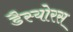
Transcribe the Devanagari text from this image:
डैस्योरस